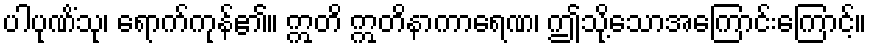
ပါပုဏိံသု၊ ရောက်ကုန်၏။ ဣတိ ဣတိနာကာရေဏ၊ ဤသို့သောအကြောင်းကြောင့်။